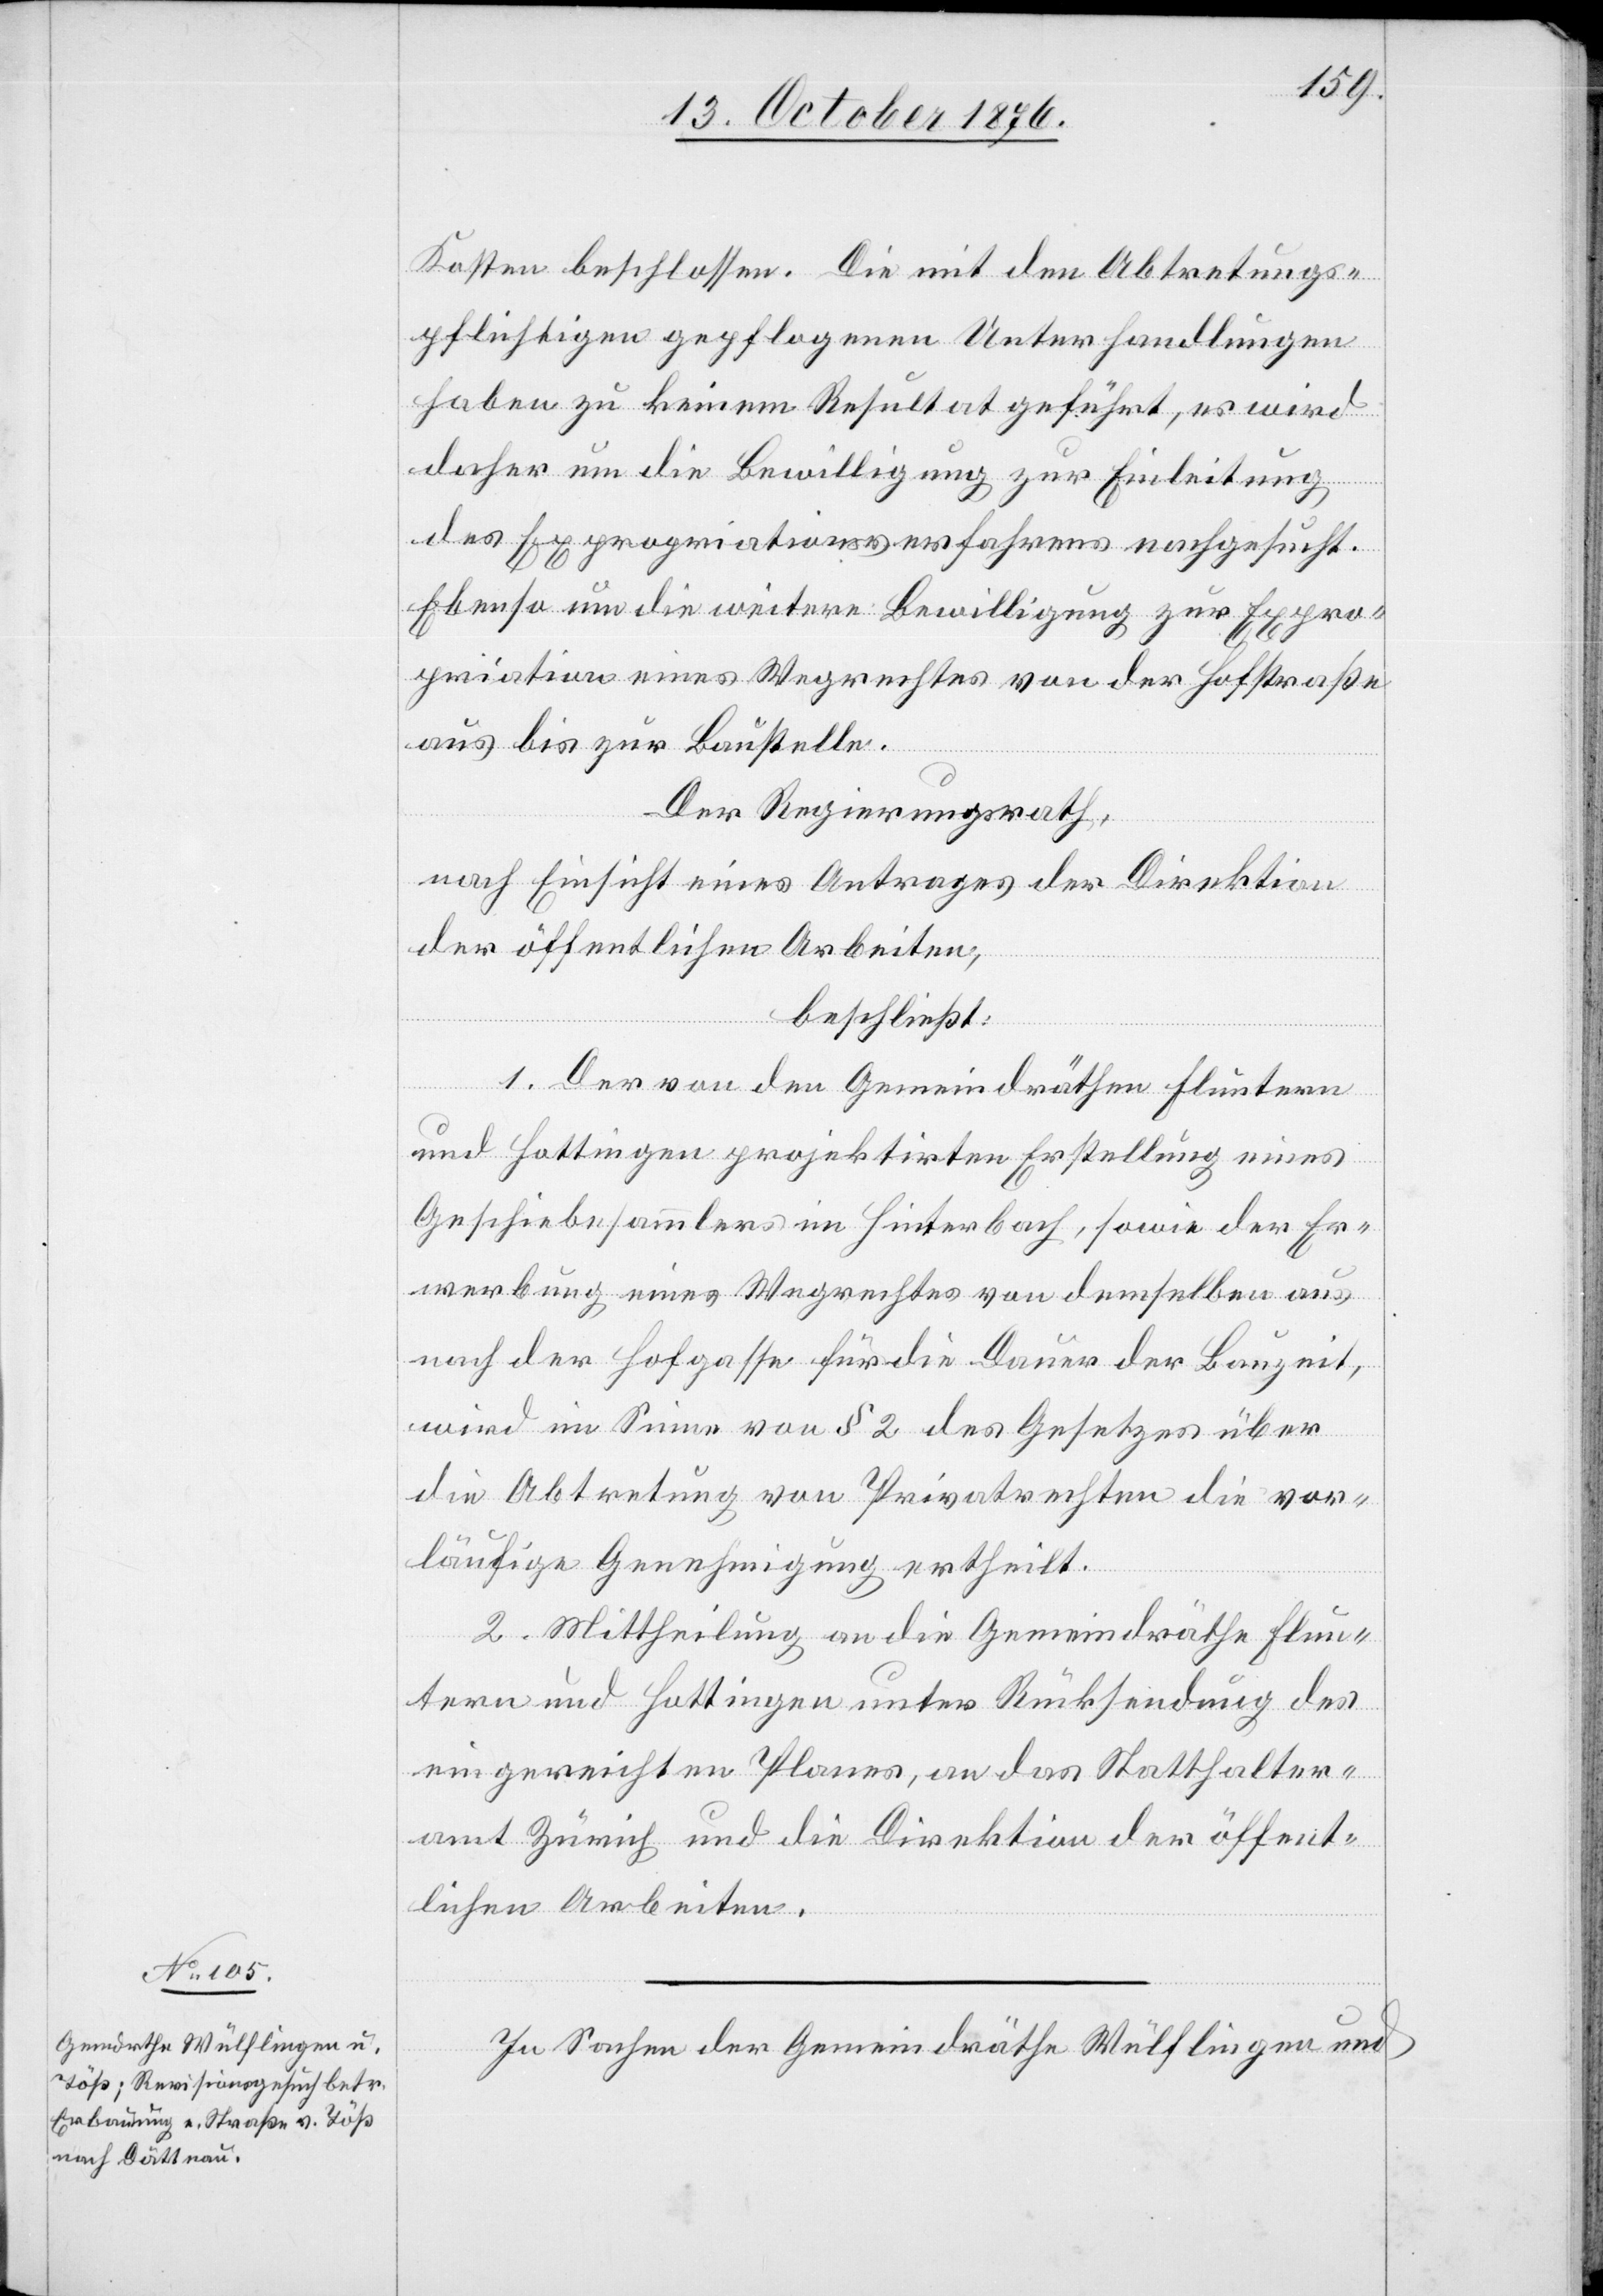
Kosten beschlossen. Die mit den Abtretungs¬
pflichtigen gepflogenen Unterhandlungen
haben zu keinem Resultat geführt, es wird
daher um die Bewilligung zur Einleitung
des Expropriationsverfahrens nachgesucht.
Ebenso um die Weitere Bewilligung zur Expro¬
priation eines Wegrechtes von der Hofstraße
aus bis zur Baustelle.
Der Regierungsrath,
nach Einsicht eines Antrages der Direktion
der öffentlichen Arbeiten,
beschließt:
1. Der von den Gemeindräthen Fluntern
und Hottingen projektirten Erstellung eines
Geschiebesammlers im Hinterbach, sowie der Er¬
werbung eines Wegrechtes von demselben aus
nach der Hofgasse für die Dauer der Bauzeit,
wird im Sinne von § 2 des Gesetzes über
die Abtretung von Privatrechten die vor¬
läufige Genehmigung ertheilt.
2. Mittheilung an die Gemeindräthe Flun¬
tern und Hottingen unter Rücksendung des
eingereichten Planes, an das Statthalter¬
amt Zürich und die Direktion der öffent¬
lichen Arbeiten.
In Sachen der Gemeindräthe Wülflingen und